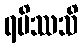
ရမိဿသိ